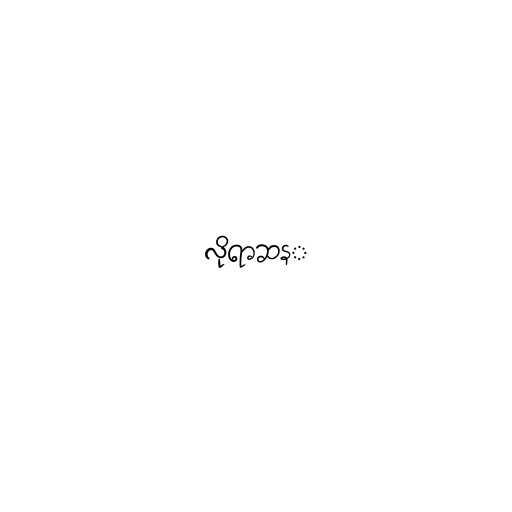
လိုရာဆန္